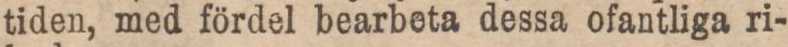
tiden, med fördel bearbeta dessa ofantliga ri-